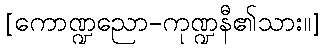
[ကောဏ္ဍညော-ကုဏ္ဍနီ၏သား။]